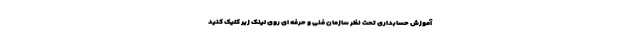
آموزش حسابداری تحت نظر سازمان فنی و حرفه ای روی لینک زیر کلیک کنید